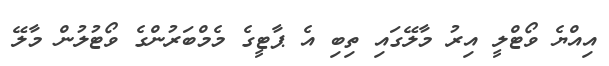
އިއްޔެ ވޯޓްލީ އިރު މާލޭގައި ތިބި އެ ޕާޓީގެ މެމްބަރުންގެ ވޯޓުލުން މާލޭ